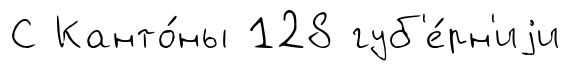
С Канто́ны 128 губ'е́рн'иjи